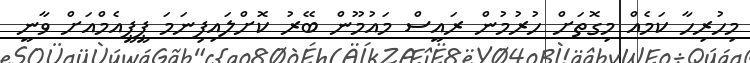
މިހުރިހާ ކަމެއް މިގޮތަށް ހުރުމުން ރައީސް މައުމޫން ބޭރު ކޮށްލައިފިނަމަ ޕީޕީއެމްއަށް ވާނީ